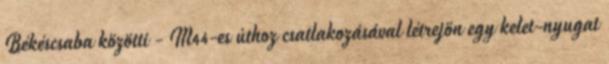
Békéscsaba közötti - M44-es úthoz csatlakozásával létrejön egy kelet-nyugat